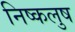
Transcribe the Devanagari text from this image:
निष्कलुष